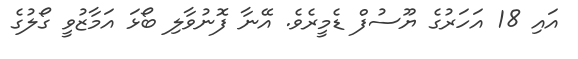
އައި 18 އަހަރުގެ ޔޫސުފް ޑެމީރެވެ. އޭނާ ފޮނުވާލި ބޯޅަ އަމާޒުވީ ގޯލުގެ